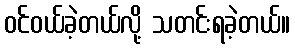
ဝင်ဝယ်ခဲ့တယ်လို့ သတင်းရခဲ့တယ်။